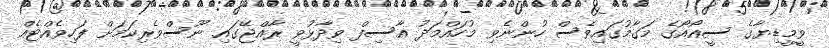
ވީމީޑިޔާގެ ސީއޯއޯގެ މަގާމުގައިވެސް ހުންނެވި މުހައްމަދު އާސިފް ވިދާޅުވީ ރާއްޖޭގައި ނޫސްވެރިކަމަށް ފަހިވެެއްޓެއް